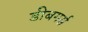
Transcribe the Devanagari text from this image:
डीबगर्स